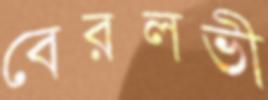
বেরলভী